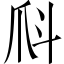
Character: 𤓺